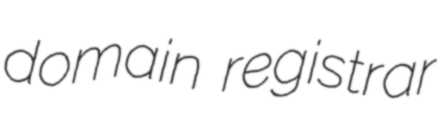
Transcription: domain registrar